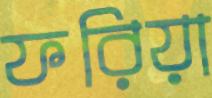
ফরিয়া